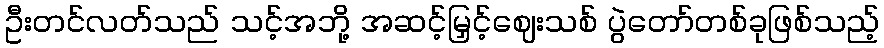
ဦးတင်လတ်သည် သင့်အဘို့ အဆင့်မြှင့်ဈေးသစ် ပွဲတော်တစ်ခုဖြစ်သည့်